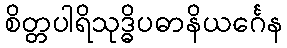
စိတ္တပါရိသုဒ္ဓိပဓာနိယင်္ဂေန